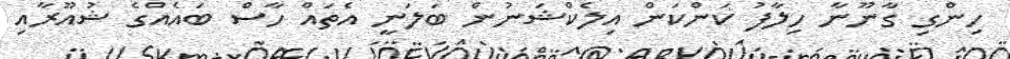
ހިންގި ގާނޫނާ ހިލާފު ކަންކަން އިލެކްޝަނުން ބަލަނީ އެތައް ހާސް ބައެއްގެ ޝުއޫރާއި